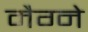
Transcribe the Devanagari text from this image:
मैग्ने